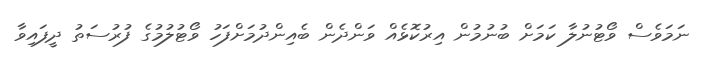
ނަމަވެސް ވޯޓުނުލާ ކަމަށް ބުނުމުން އިރުކޮޅެއް ވަންދެން ބެއިންދުމަށްފަހު ވޯޓުލުމުގެ ފުރުސަތު ދީފައިވާ